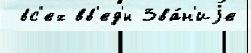
 вс'ех вв'ед'́н Зва́н'иjе